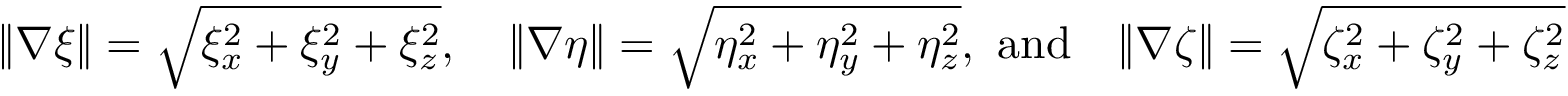
\begin{array} { l } { \| \nabla \xi \| = \sqrt { \xi _ { x } ^ { 2 } + \xi _ { y } ^ { 2 } + \xi _ { z } ^ { 2 } } , \quad \| \nabla \eta \| = \sqrt { \eta _ { x } ^ { 2 } + \eta _ { y } ^ { 2 } + \eta _ { z } ^ { 2 } } , \mathrm { ~ a n d } \quad \| \nabla \zeta \| = \sqrt { \zeta _ { x } ^ { 2 } + \zeta _ { y } ^ { 2 } + \zeta _ { z } ^ { 2 } } } \end{array}